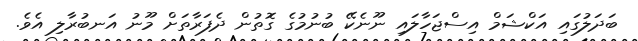
ބަަދަލުގައި އަކްޝަމް އިސްޖަހާލައި ނޫނެކޭ ބުނުމުގެ ގޮތުން ދެފަރާތަށް މޫނު އަނބުރާލި އެވެ.